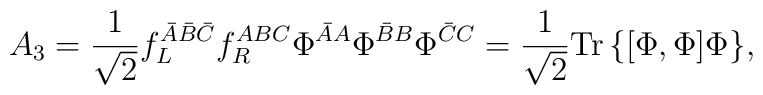
A_{3}=\frac{1}{\sqrt{2}}f_{L}^{\bar{A}\bar{B}\bar{C}}f_{R}^{ABC}\Phi^{\bar{A}A}\Phi^{\bar{B}B}\Phi^{\bar{C}C}=\frac{1}{\sqrt{2}}{\rm Tr\,}\{[\Phi,\Phi]\Phi\},